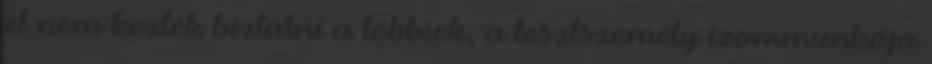
el nem kezték biztatni a többiek, a tesztszemély izommunkája